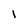
Character: I